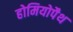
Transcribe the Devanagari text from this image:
होमियोपैथ